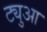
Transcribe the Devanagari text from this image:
ट्युआ